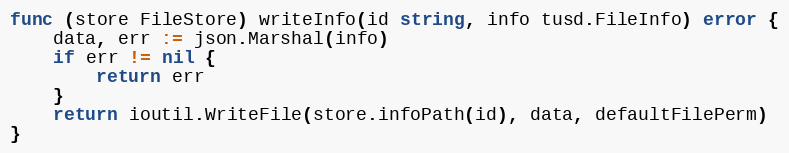
Language: Go
func (store FileStore) writeInfo(id string, info tusd.FileInfo) error {
	data, err := json.Marshal(info)
	if err != nil {
		return err
	}
	return ioutil.WriteFile(store.infoPath(id), data, defaultFilePerm)
}